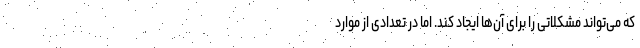
که می‌تواند مشکلاتی را برای آن‌ها ایجاد کند. اما در تعدادی از موارد